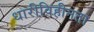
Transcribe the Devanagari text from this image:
धारीविहीनता